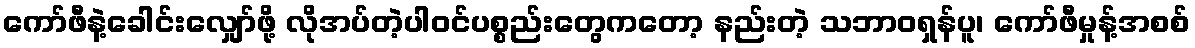
ကော်ဖီနဲ့ခေါင်းလျှော်ဖို့ လိုအပ်တဲ့ပါဝင်ပစ္စည်းတွေကတော့ နည်းတဲ့ သဘာဝရှန်ပူ၊ ကော်ဖီမှုန့်အစစ်